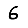
Digit: 6